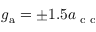
g _ { \mathrm { a } } = \pm 1 . 5 a _ { \textnormal { c c } }